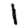
Digit: 1